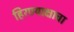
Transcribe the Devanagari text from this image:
हिरण्याक्षाचा